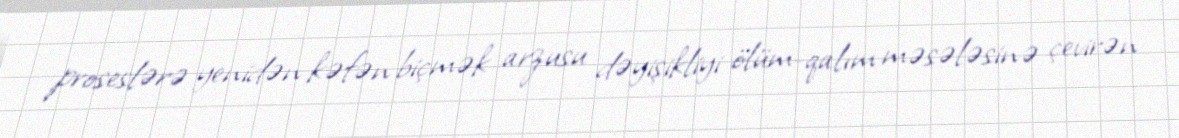
proseslərə yenidən kəfən biçmək arzusu dəyişikliyi ölüm-qalım məsələsinə çevirən